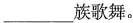
___族歌舞。